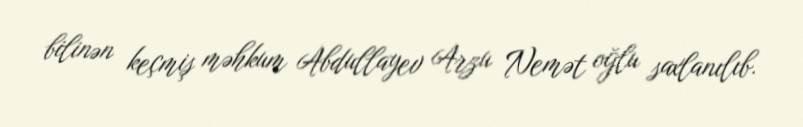
bilinən keçmiş məhkum Abdullayev Arzu Nemət oğlu saxlanılıb.